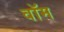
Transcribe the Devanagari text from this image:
वॉम